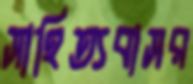
সাহিত্যবাসর